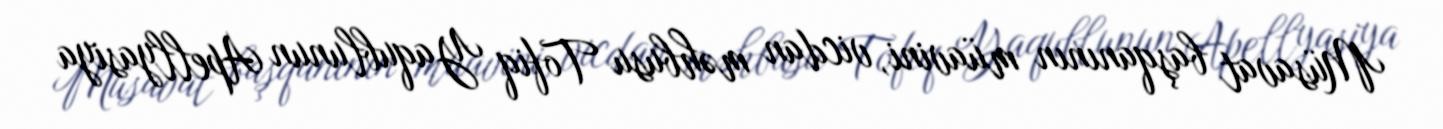
Müsavat başqanının müavini, vicdan məhbusu Tofiq Yaqublunun Apellyasiya